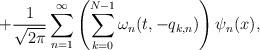
LaTeX: \begin{align*}+\frac{1}{\sqrt{2\pi}}\sum_{n=1}^{\infty}\left(\sum\limits_{k=0}^{N-1}\omega_n(t,-q_{k,n})\right)\psi_n(x),\end{align*}